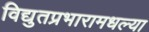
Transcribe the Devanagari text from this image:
विद्युतप्रभारामधल्या